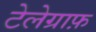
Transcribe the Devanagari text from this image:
टेलेग्राफ़